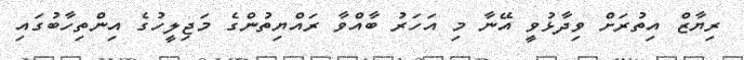
ރިޔާޒް އިތުރަށް ވިދާޅުވީ އޭނާ މި އަހަރު ބާއްވާ ރައްޔިތުންގެ މަޖިލީހުގެ އިންތިހާބުގައި